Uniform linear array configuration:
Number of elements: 64
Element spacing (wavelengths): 0.5
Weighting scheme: hamming
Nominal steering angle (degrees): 30
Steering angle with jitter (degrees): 31.514
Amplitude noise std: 0.05
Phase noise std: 0.05

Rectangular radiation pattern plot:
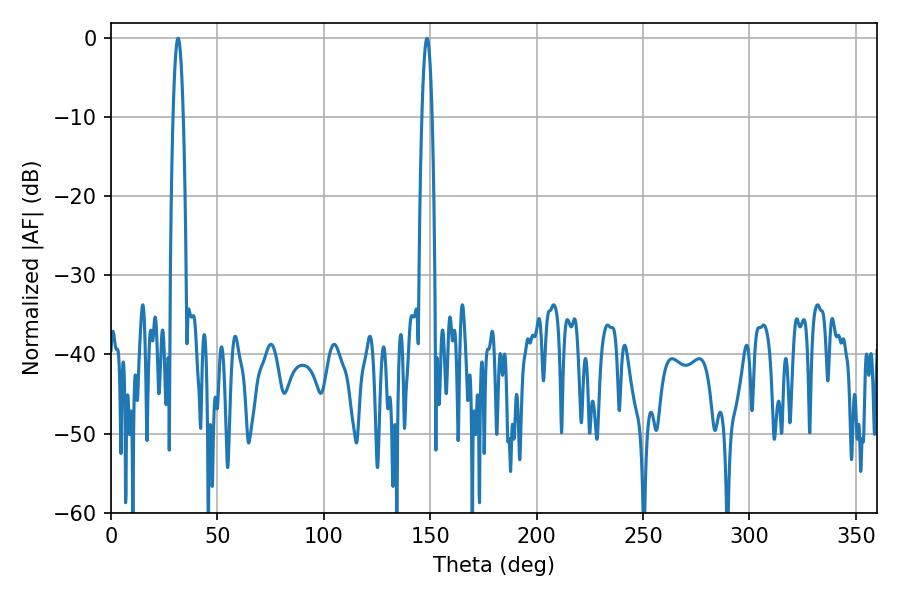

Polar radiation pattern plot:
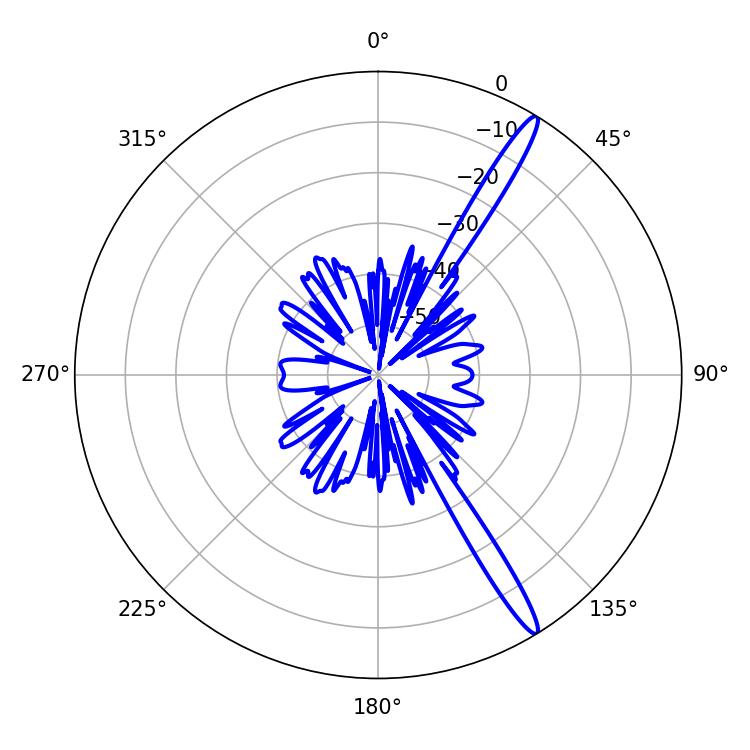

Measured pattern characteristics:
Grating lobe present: FALSE
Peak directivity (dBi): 15.81
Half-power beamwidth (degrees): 2.52
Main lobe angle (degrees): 148.5